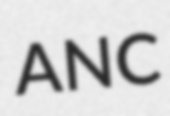
ANC